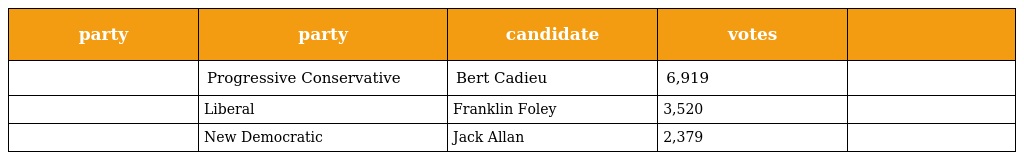
| party | party | candidate | votes |  |
 | --- | --- | --- | --- | --- |
 |  | Progressive Conservative | Bert Cadieu | 6,919 |  |
 |  | Liberal | Franklin Foley | 3,520 |  |
 |  | New Democratic | Jack Allan | 2,379 |  |